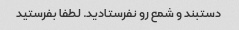
دستبند و شمع رو نفرستادید. لطفا بفرستید